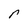
Character: r